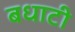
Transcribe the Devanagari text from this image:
बधाटी